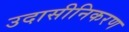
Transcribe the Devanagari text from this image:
उदासीनिकरण